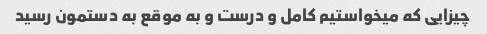
چیزایی که میخواستیم کامل و درست و به موقع به دستمون رسید